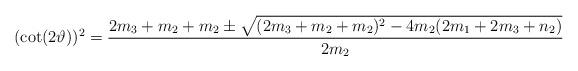
LaTeX: \begin{align*}(\cot (2\vartheta ))^{2}=\frac{2m_{3}+m_{2}+m_{2} \pm \sqrt{(2m_{3}+m_{2}+m_{2})^{2}-4m_{2}(2m_{1}+2m_{3}+n_{2}) } }{2m_{2}}\end{align*}